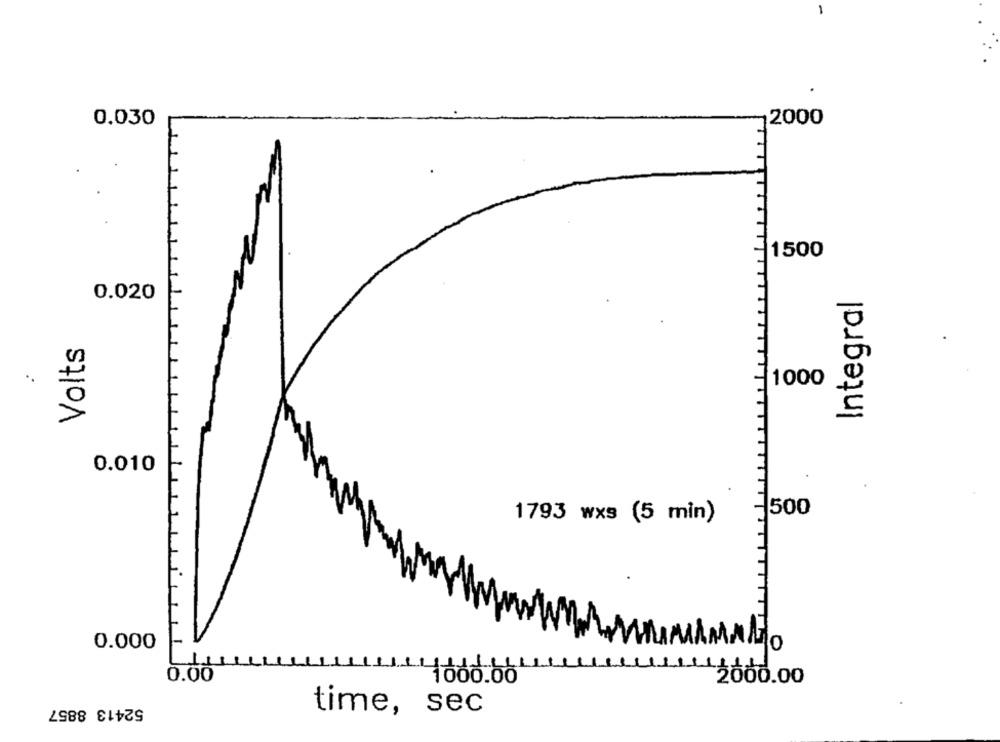
0.030
2000
1500
0.020
Integral
Volts
*.
1000
0.010
500
1793 wxs (5 min)
0.000
MAMAMO
0.00
1000.001
2000.00
52413 8857
time, sec